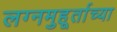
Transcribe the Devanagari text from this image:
लग्नमुहूर्ताच्या